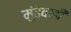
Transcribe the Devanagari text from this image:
मुंढेवाडी